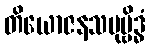
တိယောဇနသမုဗ္ဗိဒ္ဓံ